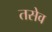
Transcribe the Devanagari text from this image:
तसेव